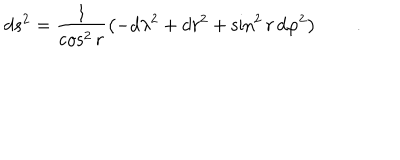
d s ^ { 2 } = \frac 1 { \cos ^ { 2 } r } \left( - d \lambda ^ { 2 } + d r ^ { 2 } + \sin ^ { 2 } r \, d \varphi ^ { 2 } \right) \qquad .